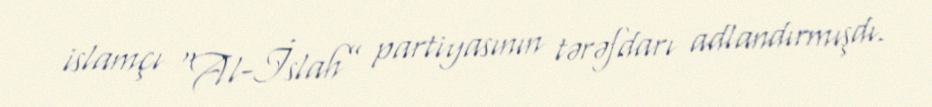
islamçı “Al-İslah” partiyasının tərəfdarı adlandırmışdı.